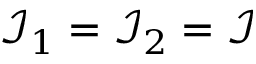
\mathcal { I } _ { 1 } = \mathcal { I } _ { 2 } = \mathcal { I }